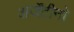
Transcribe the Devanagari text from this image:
अर्जेंटीनो